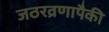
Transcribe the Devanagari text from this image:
जठरव्रणापैकी